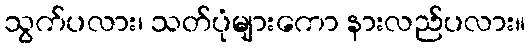
သွက်ပလား၊ သတ်ပုံများကော နားလည်ပလား။